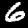
Digit: 6